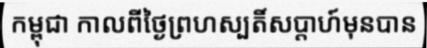
កម្ពុជា កាលពីថ្ងៃព្រហស្បតិ៍សប្តាហ៍មុនបាន